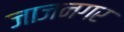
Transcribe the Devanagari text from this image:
जाजनगर